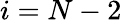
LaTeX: i=N-2